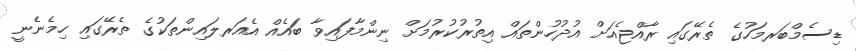
ޑިސެމްބަރމަހުގެ ތެރޭގައި ރާއްޖެއަށް އުދުހުންތައް އިތުރުކުރުމަށް ނިންމާފައިވާ ބައެއް އެއަރލައިންތަކުގެ ތެރޭގައި ހިމެނެނީ